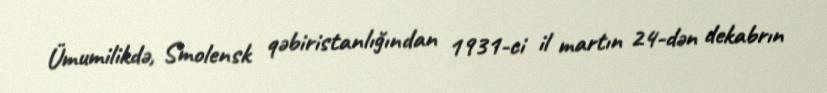
Ümumilikdə, Smolensk qəbiristanlığından 1931-ci il martın 24-dən dekabrın